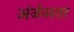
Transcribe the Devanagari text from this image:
अंर्जनस्तर